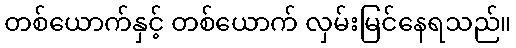
တစ်ယောက်နှင့် တစ်ယောက် လှမ်းမြင်နေရသည်။